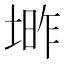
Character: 𱗑